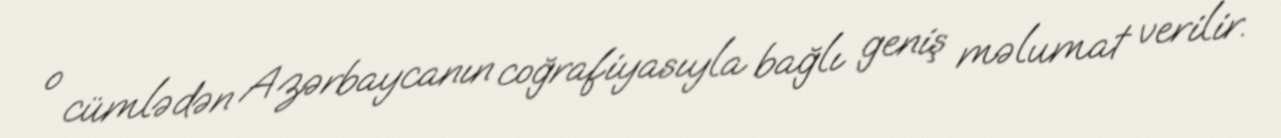
o cümlədən Azərbaycanın coğrafiyasıyla bağlı geniş məlumat verilir.